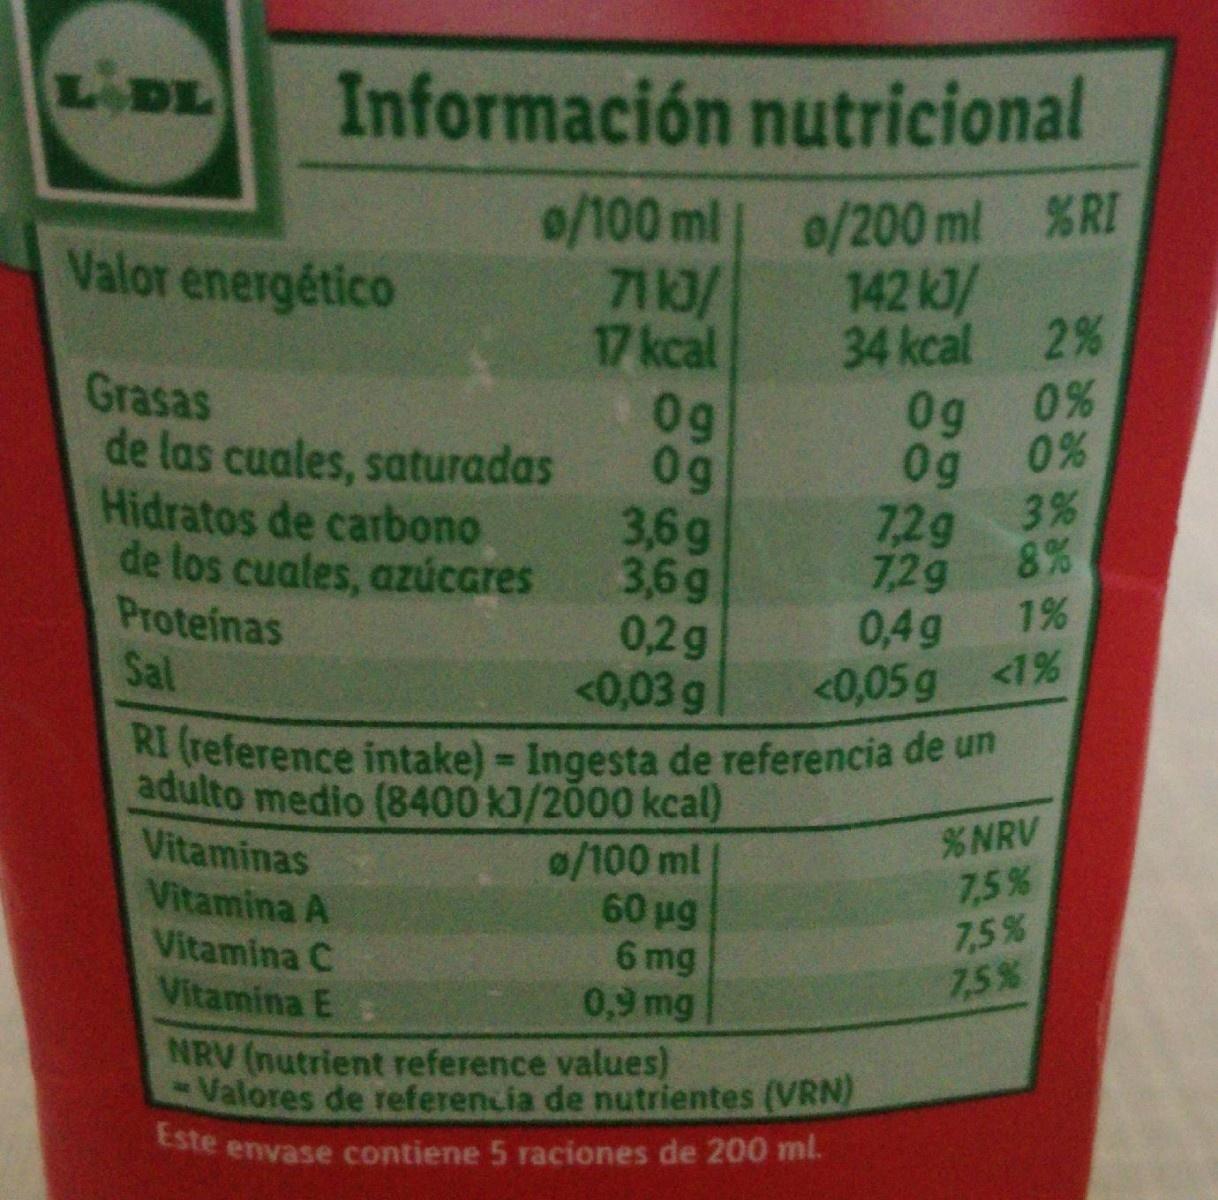
LIDL
Información nutricional
0/100 ml o/200 ml %RI 7113/ 17 kcal 0g 0g 3,6g 3,6g 0,2g <0,03 g
Valor energético
142 kJ/
34 kcal 2 % 0%
Grasas de las cuales, saturadas Hidratos de carbono de los cuales, azúcares Proteínas
0g 0% 0g
7,2g 3% 8% 7,2g
0,4g
1%
Sal
<0,05 g <1%
RI (reference intake) = Ingesta de referencia de un
adulto medio (8400 K3/2000 kcal)
%NRV 7,5% 7,5% 7,5%
Vitaminas
0/100 ml 60 pg 6 mg 0,9 mg NRV (nutrient reference values)
Vitamina A
Vitamina C
Vitamina E:
Valores de referencia de nutrientes (VRN)
Ste envase contiene 5 raciones de 200 ml.